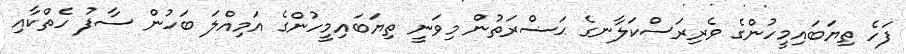
ފަހެ ތިޔަބައިމީހުންގެ ވެރިރަސްކަލާނގެ ޙަޟްރަތުން މިވަނީ ތިޔަބައިމީހުންގެ އަމިއްލަ ބަހުން ސާފު ހެތްކާއި